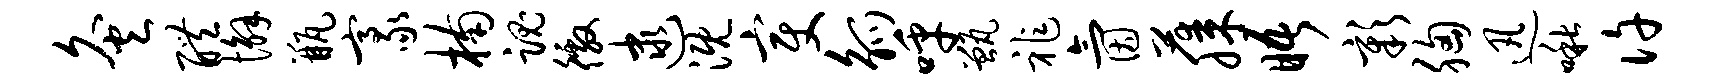
灸醴懈瓶豪楠魂徼逮溉变觚呼甑祚氤藤晤彰胸迅啾许